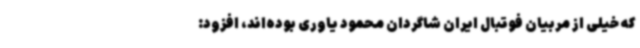
که خیلی از مربیان فوتبال ایران شاگردان محمود یاوری بوده‌اند، افزود: